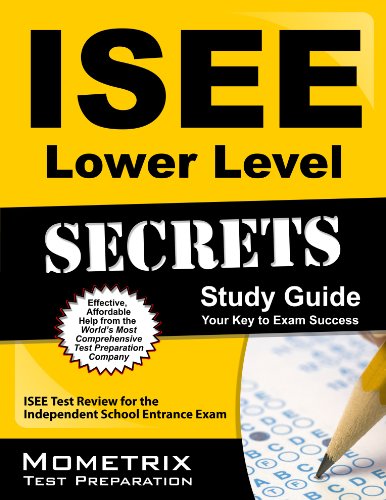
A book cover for ISEE Lower Level Secrets Study Guide: ISEE Test Review for the Independent School Entrance Exam (Mometrix Secrets Study Guides); ISEE Exam Secrets Test Prep Team; Test Preparation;